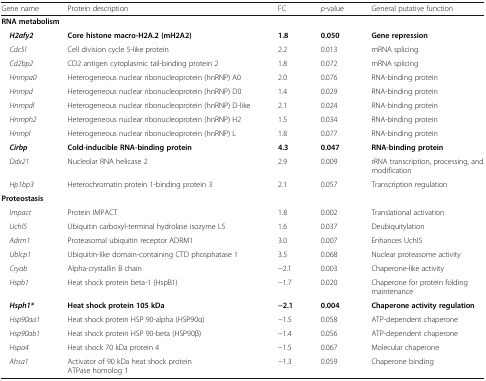
| Gene name | Protein description | FC | p-value | General putative function |
 | --- | --- | --- | --- | --- |
 | <COLSPAN=5> RNA metabolism |
 | H2afy2 | Core histone macro-H2A.2 (mH2A2) | 1.8 | 0.050 | Gene repression |
 | Cdc5l | Cell division cycle 5-like protein | 2.2 | 0.013 | mRNA splicing |
 | Cd2bp2 | CD2 antigen cytoplasmic tail-binding protein 2 | 1.8 | 0.072 | mRNA splicing |
 | Hnrnpa0 | Heterogeneous nuclear ribonucleoprotein (hnRNP) A0 | 2.0 | 0.076 | RNA-binding protein |
 | Hnrnpd | Heterogeneous nuclear ribonucleoprotein (hnRNP) D0 | 1.4 | 0.029 | RNA-binding protein |
 | Hnrnpdl | Heterogeneous nuclear ribonucleoprotein (hnRNP) D-like | 2.1 | 0.024 | RNA-binding protein |
 | Hnrnph2 | Heterogeneous nuclear ribonucleoprotein (hnRNP) H2 | 1.5 | 0.034 | RNA-binding protein |
 | Hnrnpl | Heterogeneous nuclear ribonucleoprotein (hnRNP) L | 1.8 | 0.077 | RNA-binding protein |
 | Cirbp | Cold-inducible RNA-binding protein | 4.3 | 0.047 | RNA-binding protein |
 | Ddx21 | Nucleolar RNA helicase 2 | 2.9 | 0.009 | rRNA transcription, processing, and modification |
 | Hp1bp3 | Heterochromatin protein 1-binding protein 3 | 2.1 | 0.057 | Transcription regulation |
 | <COLSPAN=5> Proteostasis |
 | Impact | Protein IMPACT | 1.8 | 0.002 | Translational activation |
 | Uchl5 | Ubiquitin carboxyl-terminal hydrolase isozyme L5 | 1.6 | 0.037 | Deubiquitylation |
 | Adrm1 | Proteasomal ubiquitin receptor ADRM1 | 3.0 | 0.007 | Enhances Uchl5 |
 | Ublcp1 | Ubiquitin-like domain-containing CTD phosphatase 1 | 3.5 | 0.068 | Nuclear proteasome activity |
 | Cryab | Alpha-crystallin B chain | −2.1 | 0.003 | Chaperone-like activity |
 | Hspb1 | Heat shock protein beta-1 (HspB1) | −1.7 | 0.020 | Chaperone for protein folding maintenance |
 | Hsph1* | Heat shock protein 105 kDa | −2.1 | 0.004 | Chaperone activity regulation |
 | Hsp90aa1 | Heat shock protein HSP 90-alpha (HSP90α) | −1.5 | 0.058 | ATP-dependent chaperone |
 | Hsp90ab1 | Heat shock protein HSP 90-beta (HSP90β) | −1.4 | 0.056 | ATP-dependent chaperone |
 | Hspa4 | Heat shock 70 kDa protein 4 | −1.5 | 0.067 | Molecular chaperone |
 | Ahsa1 | Activator of 90 kDa heat shock protein ATPase homolog 1 | −1.3 | 0.059 | Chaperone binding |